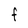
Character: F